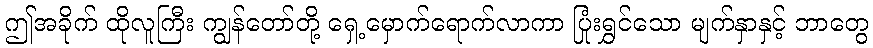
ဤအခိုက် ထိုလူကြီး ကျွန်တော်တို့ ရှေ့မှောက်ရောက်လာကာ ပြုံးရွှင်သော မျက်နှာနှင့် ဘာတွေ